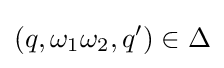
(q,\omega _{1}\omega _{2},q')\in \Delta